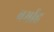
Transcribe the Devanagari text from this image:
बर्माह